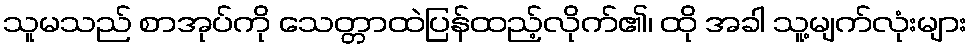
သူမသည် စာအုပ်ကို သေတ္တာထဲပြန်ထည့်လိုက်၏၊ ထို အခါ သူ့မျက်လုံးများ